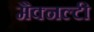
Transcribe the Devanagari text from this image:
मैक्नल्टी